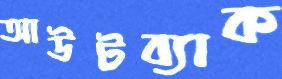
আউটব্যাক